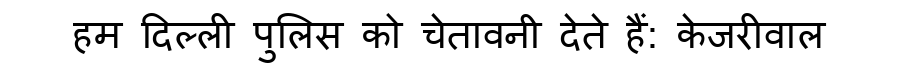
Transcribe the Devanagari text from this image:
हम दिल्ली पुलिस को चेतावनी देते हैं: केजरीवाल